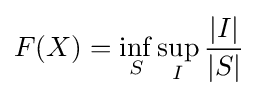
F(X)=\inf _{S}\sup _{I}{\frac {|I|}{|S|}}